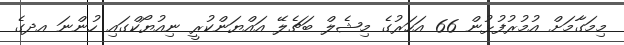
މިމަގާމަށް އުމުރުފުޅުން 66 އަހަރުގެ މިޝެލް ބަޗެލޭ އައްޔަންކުރީ ނިއުޔޯކްގައި ހުންނަ އދގެ